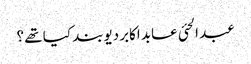
عبد الحئی عابد اکابر دیوبند کیا تھے ؟